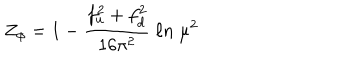
Z _ { \phi } = 1 - { \frac { f _ { u } ^ { 2 } + f _ { d } ^ { 2 } } { 1 6 \pi ^ { 2 } } } \ \ell n \ \mu ^ { 2 }